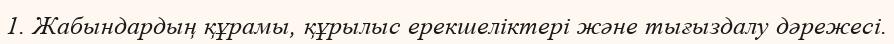
1. Жабындардың құрамы, құрылыс ерекшеліктері және тығыздалу дәрежесі.